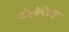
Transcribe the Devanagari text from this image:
ज़ेडोयिरया